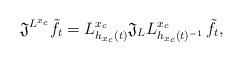
LaTeX: \begin{align*}\mathfrak{J}^{L^{x_c}} \tilde{f}_t = L^{x_c}_{h_{x_c}(t)} \mathfrak{J}_{L} L^{x_c}_{h_{x_c}(t)^{-1}} \, \tilde{f}_t ,\end{align*}